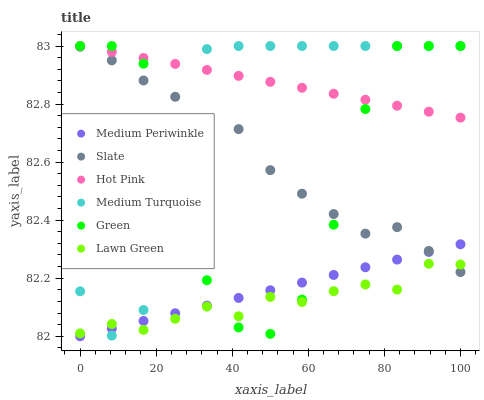
| xaxis_label | Medium Periwinkle | Slate | Hot Pink | Medium Turquoise | Green | Lawn Green |
 | --- | --- | --- | --- | --- | --- | --- |
 | 0 | 82 | 83 | 83 | 82.2 | 83 | 82 |
 | 8.33 | 82 | 83 | 83 | 82 | 83 | 82 |
 | 16.7 | 82.1 | 82.9 | 83 | 82.1 | 82.9 | 82 |
 | 25 | 82.1 | 82.8 | 82.9 | 82.4 | 82.5 | 82.1 |
 | 33.3 | 82.1 | 82.7 | 82.9 | 83 | 82.2 | 82.1 |
 | 41.7 | 82.1 | 82.7 | 82.9 | 83 | 82 | 82.1 |
 | 50 | 82.2 | 82.6 | 82.9 | 83 | 82 | 82.1 |
 | 58.3 | 82.2 | 82.5 | 82.9 | 83 | 82.1 | 82.1 |
 | 66.7 | 82.2 | 82.4 | 82.8 | 83 | 82.4 | 82.2 |
 | 75 | 82.2 | 82.4 | 82.8 | 83 | 82.8 | 82.2 |
 | 83.3 | 82.3 | 82.4 | 82.8 | 83 | 83 | 82.2 |
 | 91.7 | 82.3 | 82.3 | 82.8 | 83 | 83 | 82.2 |
 | 100 | 82.3 | 82.2 | 82.8 | 83 | 83 | 82.2 |